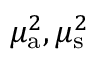
\mu _ { { \mathrm a } } ^ { 2 } , \mu _ { \mathrm { s } } ^ { 2 }